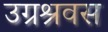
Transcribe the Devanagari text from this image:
उग्रश्रवस